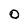
Character: 0